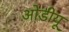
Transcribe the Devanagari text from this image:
ओडीयू